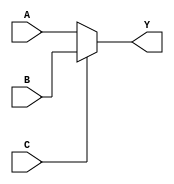
module mux2to1 (
    input A,
    input B,
    input C,
    output Y
);

assign Y = (C == 0) ? A : B;

endmodule